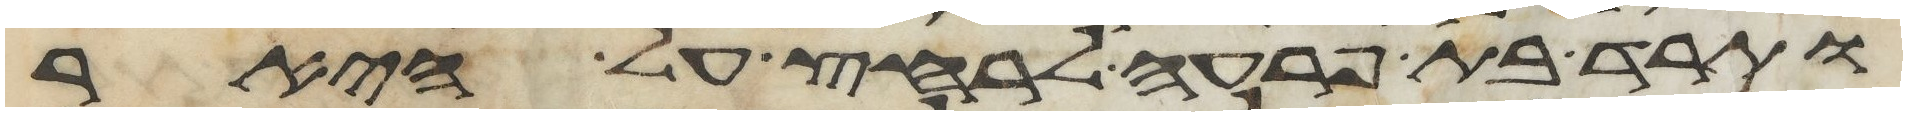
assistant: ותרד בת פרעה לרחץ על היאר